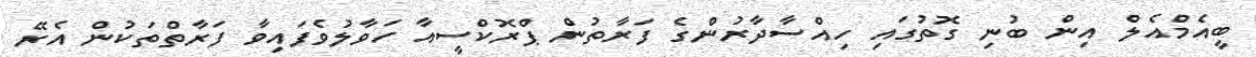
ބީއެމްއެލް އިން ބުނި ގޮތުގައި ހިއްސާދާރުންގެ ފަރާތުން ޕްރޮކްސީއާ ހަވާލުވެފައިވާ ފަރާތްތަކުން އެރޭ